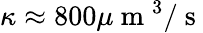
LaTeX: \kappa\approx 800\mu\mathrm{~m~}^{3}/\mathrm{~s~}